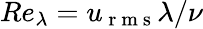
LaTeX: Re_{\lambda}=u_{\mathrm{~r~m~s~}}\lambda/\nu